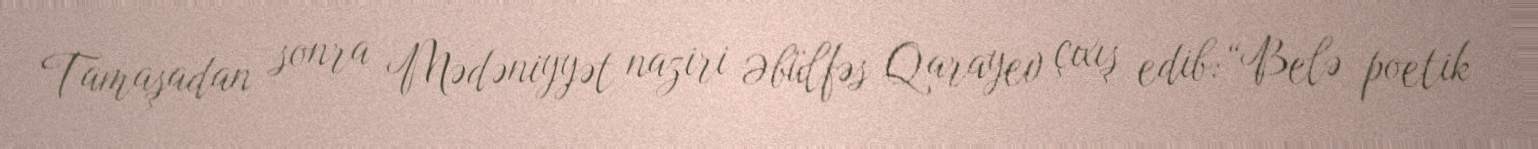
Tamaşadan sonra Mədəniyyət naziri Əbülfəs Qarayev çıxış edib: “Belə poetik